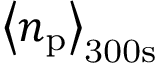
\left< n _ { \mathrm { p } } \right> _ { \mathrm { 3 0 0 s } }